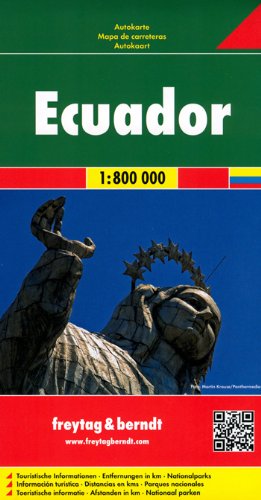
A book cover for Ecuador Galapagos FB 1:800 000 2012 (English, Spanish, French, Italian and German Edition); Freytag Berndt; Travel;